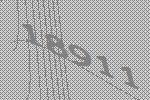
18911